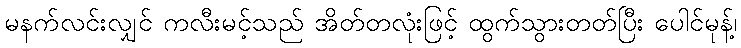
မနက်လင်းလျှင် ကလီးမင့်သည် အိတ်တလုံးဖြင့် ထွက်သွားတတ်ပြီး ပေါင်မုန့်၊